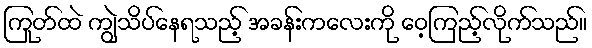
ကြုတ်ထဲ ကျွဲသိပ်နေရသည့် အခန်းကလေးကို ဝေ့ကြည့်လိုက်သည်။